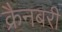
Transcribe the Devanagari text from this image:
क्रैनबरी